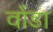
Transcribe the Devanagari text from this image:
वोंडा